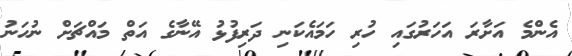
އެންމެ އަށާރަ އަހަރުގައި ހުރި ހަމައެކަނި ދަރިފުޅު އޭނާގެ އަތް މައްޗަށް ނުހަނު